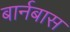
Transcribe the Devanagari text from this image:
बार्नबास